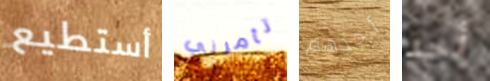
أستطيع تأمرني أجدهم أحد